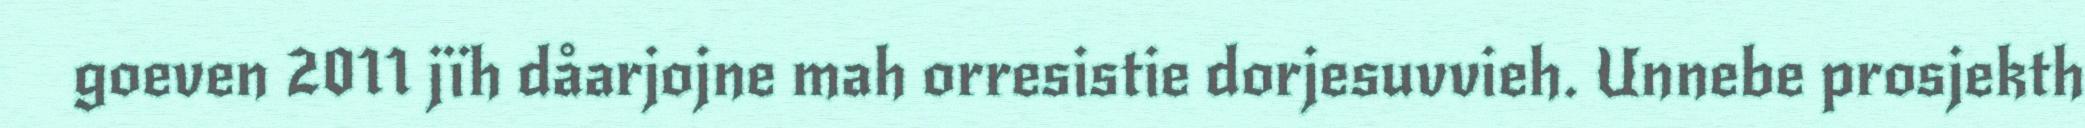
goeven 2011 jïh dåarjojne mah orresistie dorjesuvvieh. Unnebe prosjekth